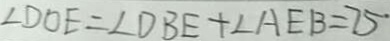
\angle D O E = \angle D B E + \angle A E B = 7 5 ^ { \circ }